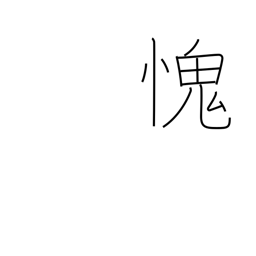
Meaning: feel ashamed